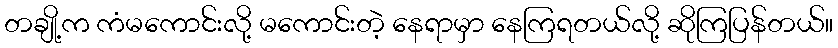
တချို့က ကံမကောင်းလို့ မကောင်းတဲ့ နေရာမှာ နေကြရတယ်လို့ ဆိုကြပြန်တယ်။